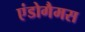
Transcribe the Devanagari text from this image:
एंडोगैमस